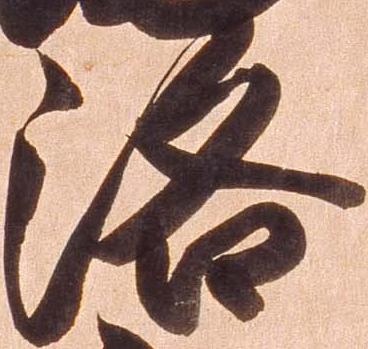
洛